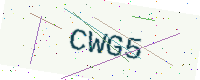
Text: CWG5